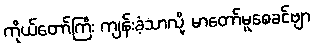
ကိုယ်တော်ကြီး ကျန်းခံ့သာလို့ မာတော်မူစေခင်ဗျာ